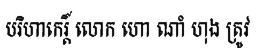
បរិហាកេរ្តិ៍ លោក ហោ ណាំ ហុង ត្រូវ